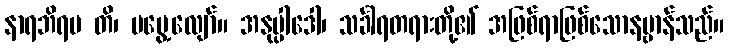
နာရဘိရမ တိ၊ မမွေ့လျော်။ အနုပ္ပါဒေါ၊ သင်္ခါရတရားတို့၏ အဖြစ်ရာဖြစ်သောနဗ္ဗာန်သည်။